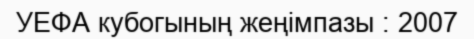
УЕФА кубогының жеңімпазы : 2007